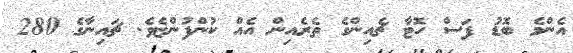
އެންމެ ބޮޑު ފަސް ހޮޓާ ޗެއިންގެ ތެރެއިން އެއް ކުންފުންޏެވެ. ޗައިނާގެ 280